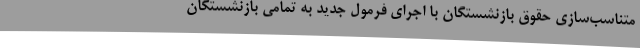
متناسب‌سازی حقوق بازنشستگان با اجرای فرمول جدید به تمامی بازنشستگان